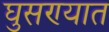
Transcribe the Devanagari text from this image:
घुसण्यात